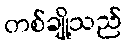
တစ်ချို့သည်